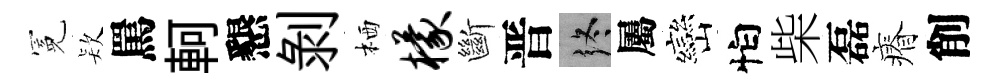
冕𣣇罵軻懇剝栖檬斷晋终屬巒怕柴磊瘠削